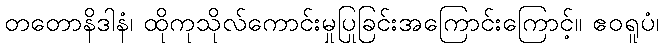
တတောနိဒါနံ၊ ထိုကုသိုလ်ကောင်းမှုပြုခြင်းအကြောင်းကြောင့်။ ဧဝရူပံ၊